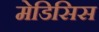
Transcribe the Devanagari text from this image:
मेडिसिस